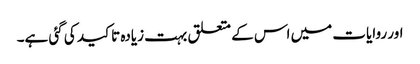
اور روایات میں اس کے متعلق بہت زیادہ تاکید کی گئی ہے۔